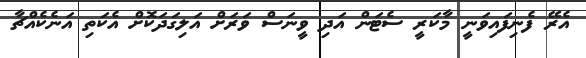
އެރޭ ފެނިފައިވަނީ މާކަރީ ސެޓަން އަދި ވީނަސް ވަރަށް އަލިގަދަކޮށް އެކަތި އަނެކެއްޗާ